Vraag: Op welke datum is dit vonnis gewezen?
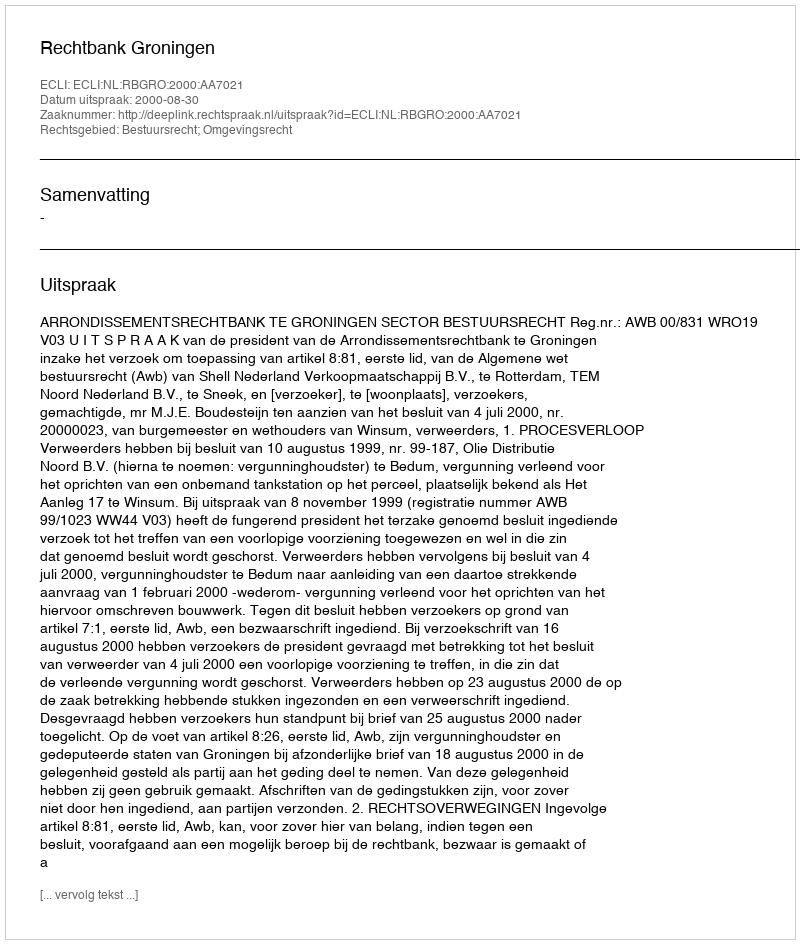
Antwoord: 2000-08-30